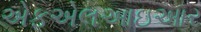
એફએલઆઇઆર